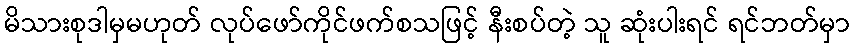
မိသားစုဒါမှမဟုတ် လုပ်ဖော်ကိုင်ဖက်စသဖြင့် နီးစပ်တဲ့ သူ ဆုံးပါးရင် ရင်ဘတ်မှာ